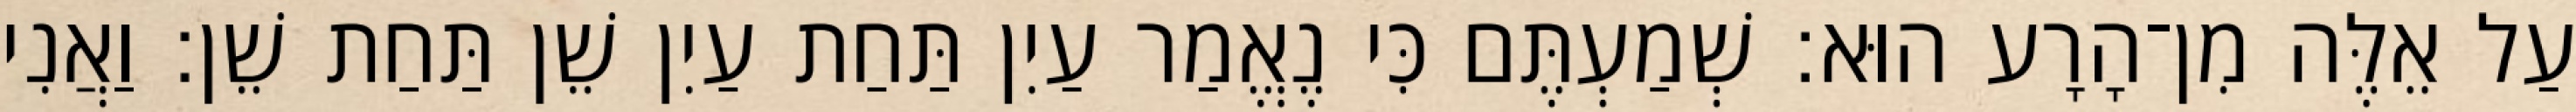
עַל אֵלֶּה מִן־הָרָע הוּא׃ שְׁמַעְתֶּם כִּי נֶאֱמַר עַיִן תַּחַת עַיִן שֵׁן תַּחַת שֵׁן׃ וַאֲנִי